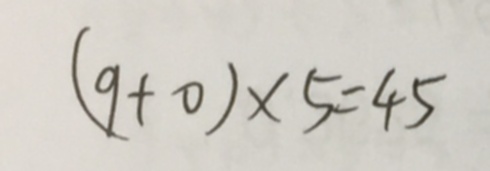
( 9 + 0 ) \times 5 = 4 5